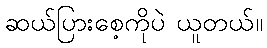
ဆယ်ပြားစေ့ကိုပဲ ယူတယ်။